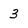
Character: 3